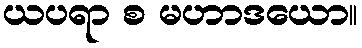
ယပရာ စ မဟာဒယော။